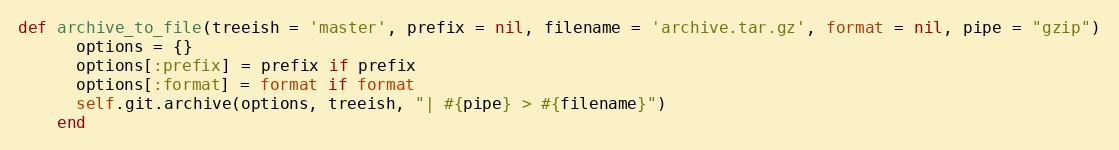
Language: Ruby
def archive_to_file(treeish = 'master', prefix = nil, filename = 'archive.tar.gz', format = nil, pipe = "gzip")
      options = {}
      options[:prefix] = prefix if prefix
      options[:format] = format if format
      self.git.archive(options, treeish, "| #{pipe} > #{filename}")
    end